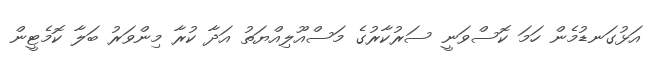
އަޅުގަނޑުމެން ހަމަ ކޮސްވަނީ ސަރުކާރުގެ މަސްއޫލިއްޔަތު އަދާ ކުރާ މިންވަރު ބަލާ ކޮމެޓީން